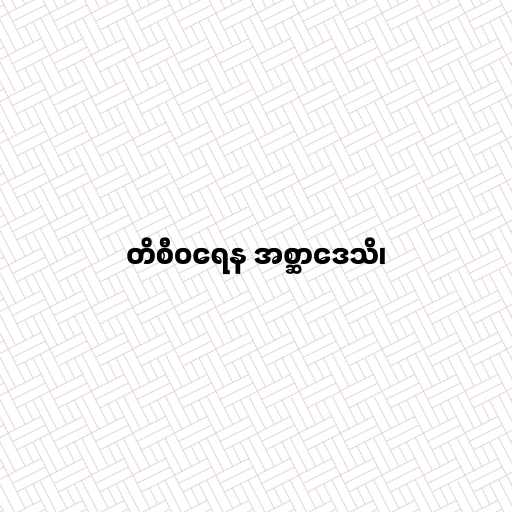
တိစီဝရေန အစ္ဆာဒေသိ၊